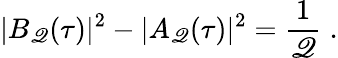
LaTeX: |B_{\mathscr{Q}}(\tau)|^{2}-|A_{\mathscr{Q}}(\tau)|^{2}={\frac{{1}}{{\mathscr{Q}}}}\; .